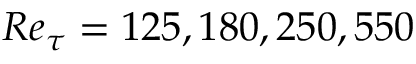
R e _ { \tau } = 1 2 5 , 1 8 0 , 2 5 0 , 5 5 0